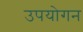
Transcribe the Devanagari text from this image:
उपयोगन